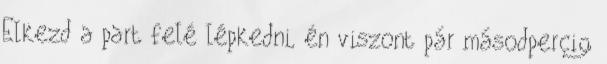
Elkezd a part felé lépkedni, én viszont pár másodpercig